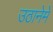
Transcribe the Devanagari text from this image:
उठानेमें